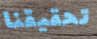
تحقيقنا